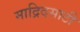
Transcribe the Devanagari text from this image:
माद्रिदसाठी